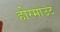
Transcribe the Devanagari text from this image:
होरमाउंट